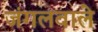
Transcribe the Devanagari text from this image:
जंगलवाले